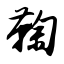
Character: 鞠